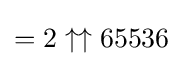
=2\uparrow \uparrow 65536